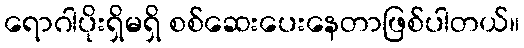
ရောဂါပိုးရှိမရှိ စစ်ဆေးပေးနေတာဖြစ်ပါတယ်။